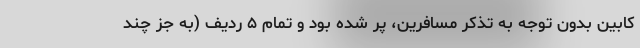
کابین بدون توجه به تذکر مسافرین، پر شده بود و تمام ۵ ردیف (به جز چند